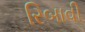
રિબાવી